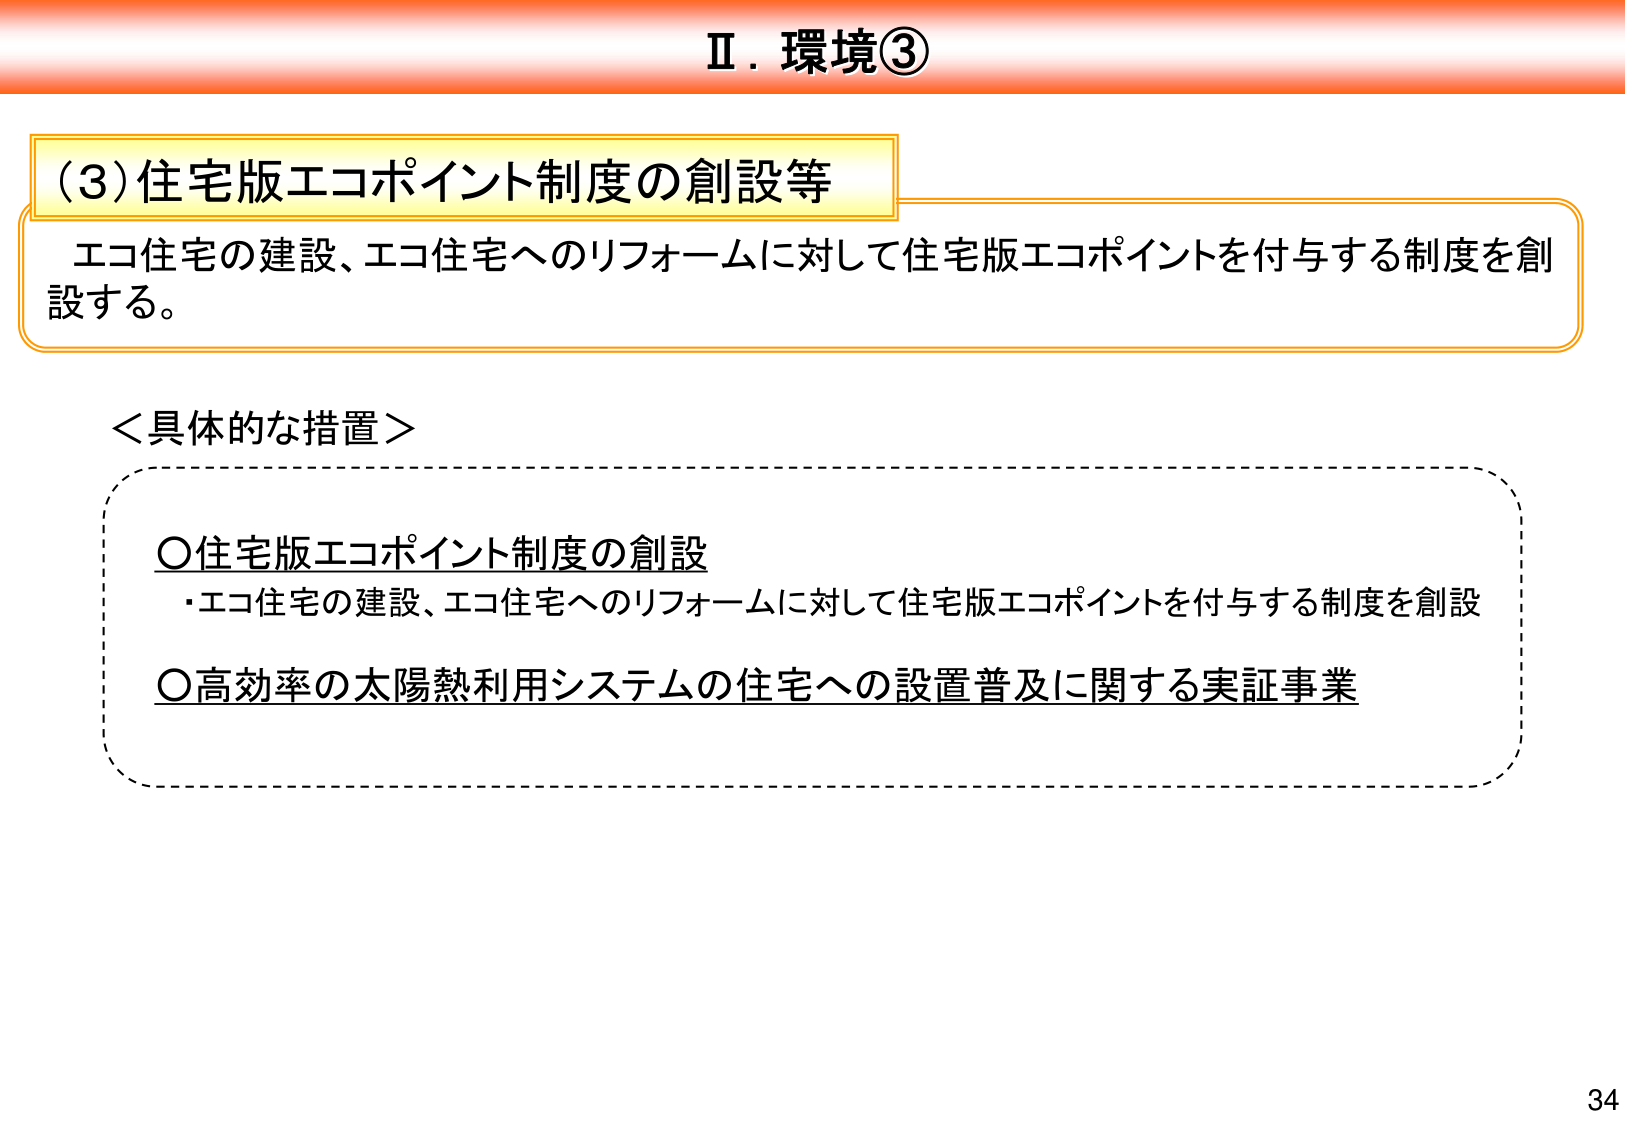
Ⅱ．環境③

（3）住宅版エコポイント制度の創設等
エコ住宅の建設、エコ住宅へのリフォームに対して住宅版エコポイントを付与する制度を創設する。

＜具体的な措置＞
○住宅版エコポイント制度の創設
・エコ住宅の建設、エコ住宅へのリフォームに対して住宅版エコポイントを付与する制度を創設
○高効率の太陽熱利用システムの住宅への設置普及に関する実証事業

34